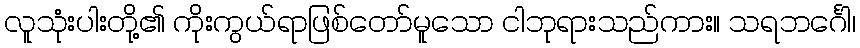
လူသုံးပါးတို့၏ ကိုးကွယ်ရာဖြစ်တော်မူသော ငါဘုရားသည်ကား။ သရဘင်္ဂေါ၊